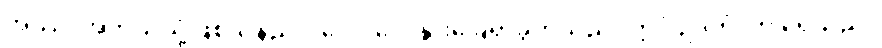
အဿ၊ အဘယ်သို့ဖြစ်သနည်း။ ဂေါပဒေ၊ နွားခြေရာခွက်သည်။ ဣဒံ ဥဒကံ၊ ဤရေသည်။